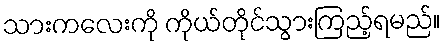
သားကလေးကို ကိုယ်တိုင်သွားကြည့်ရမည်။